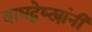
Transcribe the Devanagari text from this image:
वाघद्वेष्ट्यांनी